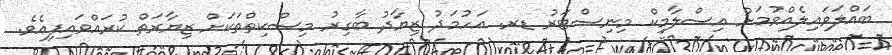
ބައްލަވައިލެއްވުމަށް އިސްލާމިކް މިނިސްޓަރު ޑރ. އަހުމަދު ޒިޔާދު ބާގިރު މިސްކިތްތަކަށް ޒިޔާރަތް ކުރައްވައިފިއެވެ.